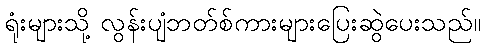
ရုံးများသို့ လွန်းပျံဘတ်စ်ကားများပြေးဆွဲပေးသည်။